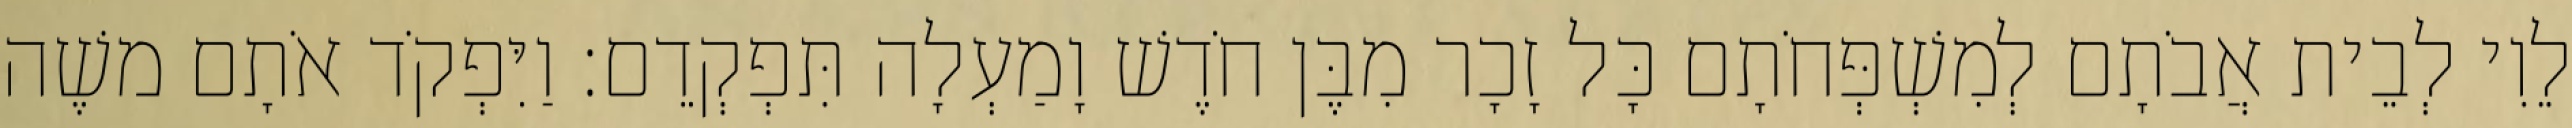
לֵוִי לְבֵית אֲבֹתָם לְמִשְׁפְּחֹתָם כָּל זָכָר מִבֶּן חֹדֶשׁ וָמַעְלָה תִּפְקְדֵם׃ וַיִּפְקֹד אֹתָם משֶׁה